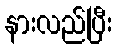
နားလည်ပြီး